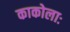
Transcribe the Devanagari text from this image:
काकोलाः